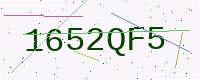
Text: 1652QF5